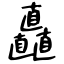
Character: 矗